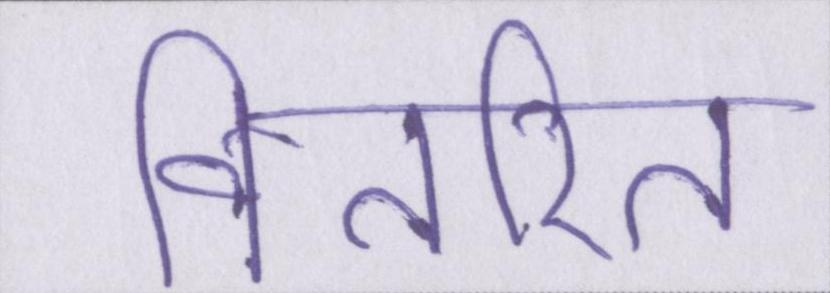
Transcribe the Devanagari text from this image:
वितरित